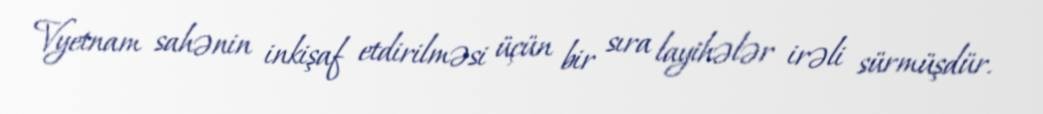
Vyetnam sahənin inkişaf etdirilməsi üçün bir sıra layihələr irəli sürmüşdür.